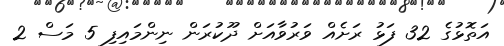
އަތޮޅުގެ 32 ފަޅު ރަށެއް ވަރުވާއަށް ދޫކުރަން ނިންމައިފި 5 މަސް 2